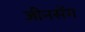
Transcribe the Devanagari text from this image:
जीनसेंग